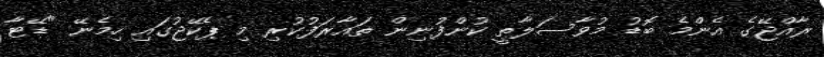
ރާއްޖޭގެ އެންމެ ބޮޑު މުވާސަލާތީ ކުންފުނިން ތައާރަފުކުރި މި ޕެކޭޖުގައި ހިމެނޭ "ޑޭޓާ